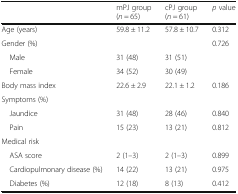
|  | mPJ group (n = 65) | cPJ group (n = 61) | p value |
 | --- | --- | --- | --- |
 | Age (years) | 59.8 ± 11.2 | 57.8 ± 10.7 | 0.312 |
 | Gender (%) |  |  | 0.726 |
 | Male | 31 (48) | 31 (51) |  |
 | Female | 34 (52) | 30 (49) |  |
 | Body mass index | 22.6 ± 2.9 | 22.1 ± 1.2 | 0.186 |
 | Symptoms (%) |  |  |  |
 | Jaundice | 31 (48) | 28 (46) | 0.840 |
 | Pain | 15 (23) | 13 (21) | 0.812 |
 | Medical risk |  |  |  |
 | ASA score | 2 (1–3) | 2 (1–3) | 0.899 |
 | Cardiopulmonary disease (%) | 14 (22) | 13 (21) | 0.975 |
 | Diabetes (%) | 12 (18) | 8 (13) | 0.412 |